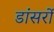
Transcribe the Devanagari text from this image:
डांसरों